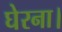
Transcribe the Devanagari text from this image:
घेरना।